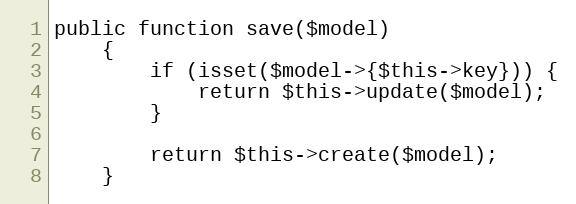
Language: PHP
public function save($model)
    {
        if (isset($model->{$this->key})) {
            return $this->update($model);
        }

        return $this->create($model);
    }